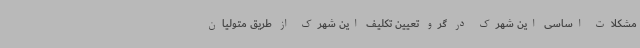
مشکلات اساسی این شهرک در گرو تعیین تکلیف این شهرک از طریق متولیان